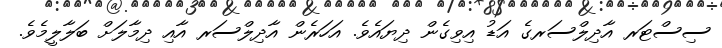
ސިސްޓަރ އާދިލްސަރގެ އަޑު އިވިގެން ދިޔައެވެ. އަހަރެން އާދިލްސަރ އާއި ދިމާލަށް ބަލާލީމެވެ.